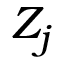
Z _ { j }